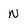
Character: N